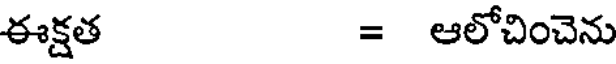
ఈక్షత = ఆలోచించెను